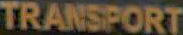
TRANSPORT